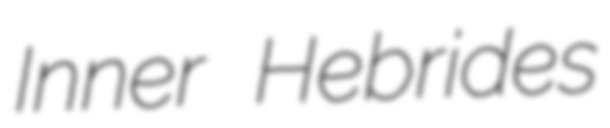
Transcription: Inner Hebrides